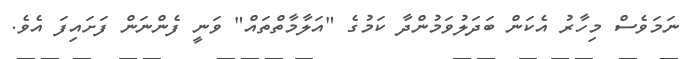
ނަމަވެސް މިހާރު އެކަން ބަދަލުވަމުންދާ ކަމުގެ "އަލާމާތްތައް" ވަނީ ފެންނަން ފަށައިފަ އެވެ.